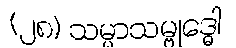
(၂၈) သမ္မာသမ္ဗုဒ္ဓေါ